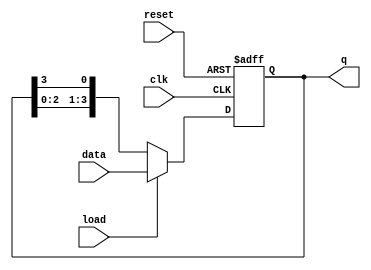
module LoadableRingCounter #(
    parameter N = 4 // Define the width of the counter
)(
    input wire clk,                // Clock input
    input wire reset,              // Asynchronous reset
    input wire load,               // Load control signal
    input wire [N-1:0] data,       // Input data bus for loading
    output reg [N-1:0] q           // Output state of the counter
);

    // Internal signal for the next state
    reg [N-1:0] next_state;

    always @(posedge clk or posedge reset) begin
        if (reset) begin
            // Reset the counter to the default state (single '1' at LSB)
            q <= 1'b1;
        end else if (load) begin
            // Load the data into the counter
            q <= data;
        end else begin
            // Shift the '1' in a circular manner
            next_state = {q[N-2:0], q[N-1]}; // Shift left
            q <= next_state;
        end
    end

endmodule